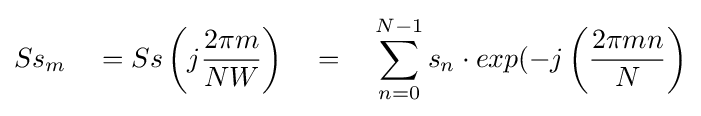
Ss_{m}\quad =Ss\left(j{\frac {2\pi m}{NW}}\right)\quad =\quad \sum _{n=0}^{N-1}s_{n}\cdot exp(-j\left({\frac {2\pi mn}{N}}\right)